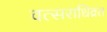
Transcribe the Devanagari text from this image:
वत्सराधिव्रत